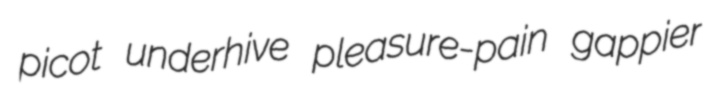
picot underhive pleasure-pain gappier